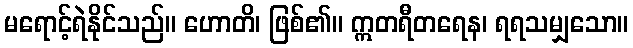
မရောင့်ရဲနိုင်သည်။ ဟောတိ၊ ဖြစ်၏။ ဣတရီတရေန၊ ရရသမျှသော။